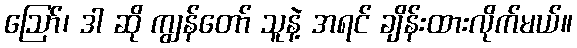
ဪ၊ ဒါ ဆို ကျွန်တော် သူနဲ့ အရင် ချိန်းထားလိုက်မယ်။